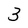
Character: 3